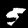
Label: 5